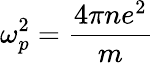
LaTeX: \omega_{p}^{2}={\frac{4\pi ne^{2}}{m}}